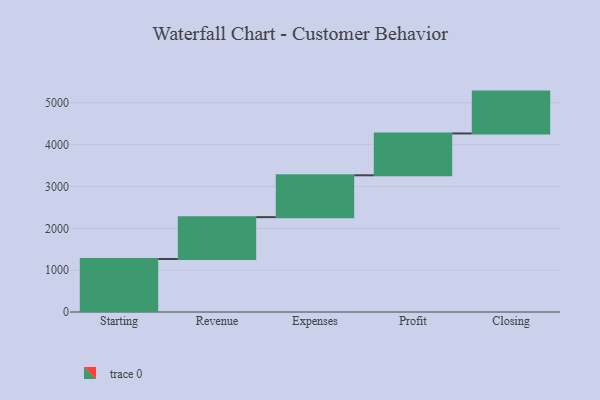
{"axis": {"x": "Step", "y": "Value"}, "legend": [""], "data": [{"x": "Starting", "y": 1267.0, "type": ""}, {"x": "Revenue", "y": 1000, "type": ""}, {"x": "Expenses", "y": 1000, "type": ""}, {"x": "Profit", "y": 1000, "type": ""}, {"x": "Closing", "y": 1000, "type": ""}]}